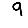
Digit: 9